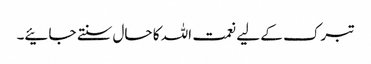
تبرک کے لیے نعمت اللہ کا حال سنتے جائیے۔